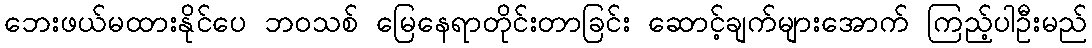
ဘေးဖယ်မထားနိုင်ပေ ဘဝသစ် မြေနေရာတိုင်းတာခြင်း ဆောင့်ချက်များအောက် ကြည့်ပါဦးမည်